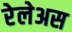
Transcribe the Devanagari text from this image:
रेलेअस